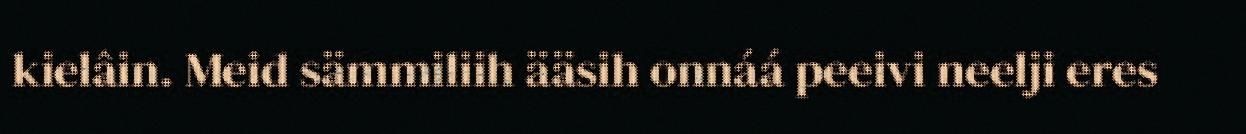
kielâin. Meid sämmiliih ääsih onnáá peeivi neelji eres